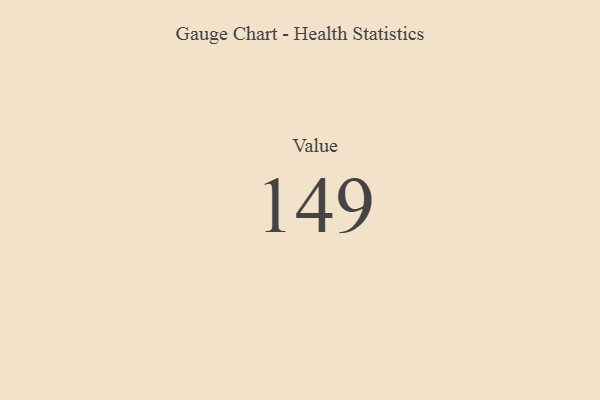
{"axis": {"x": "Metric", "y": "Value"}, "legend": [""], "data": [{"x": "Value", "y": 149, "type": ""}]}